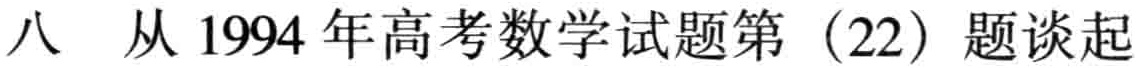
八 从 1994 年高考数学试题第（22）题谈起